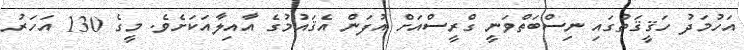
އަހުމަދު ހަޤީޤަތުގައި ނިސްބަތްވަނީ ގްރީސްއަށް އުފަން އެޤައުމުގެ އާއިލާއަކަށެވެ. މީގެ 130 އަހަރު